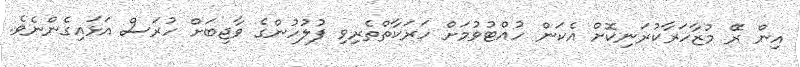
އިން ރޭ މުޒާހަރާކުރަނިކޮށް އެކަން ހުއްޓުވުމަށް ހަރަކާތްތެރިވި ފުލުހުންގެ ވާޖިބަށް ހުރަސް އަޅައިގެންނެވެ.